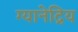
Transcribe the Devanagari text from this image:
ग्यानेद्रिय